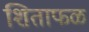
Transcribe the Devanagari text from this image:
शिताफळ